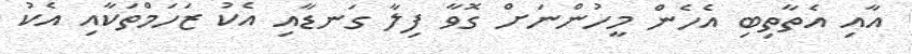
އާއި އެތާތިބި އެހެން މީހުންނަށް ގޮވާ ފިލާ ގަނޑާއި އެކު ޒަހަމްތަކާއި އެކު